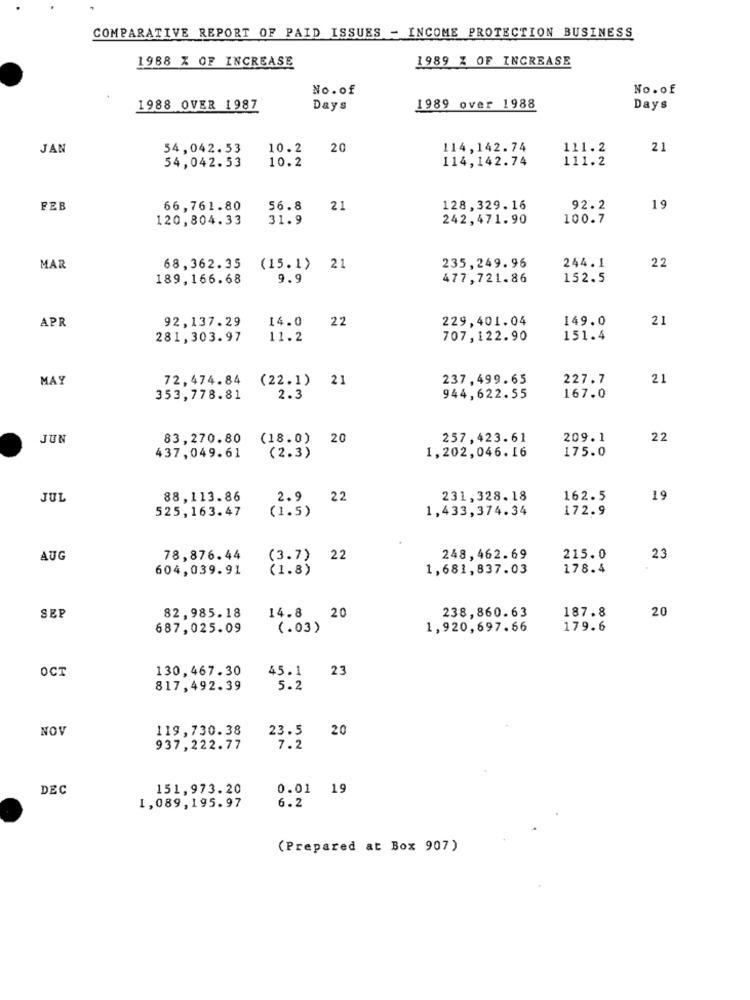
COMPARATIVE REPORT OF PAID ISSUES - INCOME PROTECTION BUSINESS
1989 % OF INCREASE
1988 % OF INCREASE
No.of
No.of
1988 OVER 1987
Days
1989 over 1988
Days
JAN
54,042.53
10.2
20
114,142.74
111.2
21
10.2
114,142.74
111.2
54,042.53
FEB
66,761.80
56.8
21
128,329.16
92.2
19
120,804.33
31.9
242,471.90
100.7
235,249.96
244.1
22
MAR
68,362.35
(15.1)
21
189,166. 68
9.9
477,721.86
152.5
APR
92,137.29
14.0
2,2
229,401.04
149.0
21
281,303.97
11.2
707,122.90
151.4
MAY
72,474.84
(22.1)
21
237,499.65
227.7
21
353,778.81
2.3
944,622.55
167.0
JUN
83,270.80
(18.0)
20
257,423.61
209.1
22
175.0
437,049.61
(2.3)
1,202,046.16
JUL
88,113.86
2.9
22
231,328.18
162.5
19
525,163.47
(1.5)
1,433,374.34
172.9
AUG
78,876.44
(3.7) 22
248,462.69
215.0
23
604,039.91
(1.8)
1,681,837.03
178.4
187.8
20
SEP
82,985.18
14.8 20
238,860.63
687,025.09
(.03)
1,920,697.66
179.6
OCT
130,467.30
45.1
23
817,492.39
5.2
NOV
119,730.38
23.5
20
937,222.77
7.2
DEC
151,973.20
0.01 19
1,089,195.97
6.2
(Prepared at Box 907)